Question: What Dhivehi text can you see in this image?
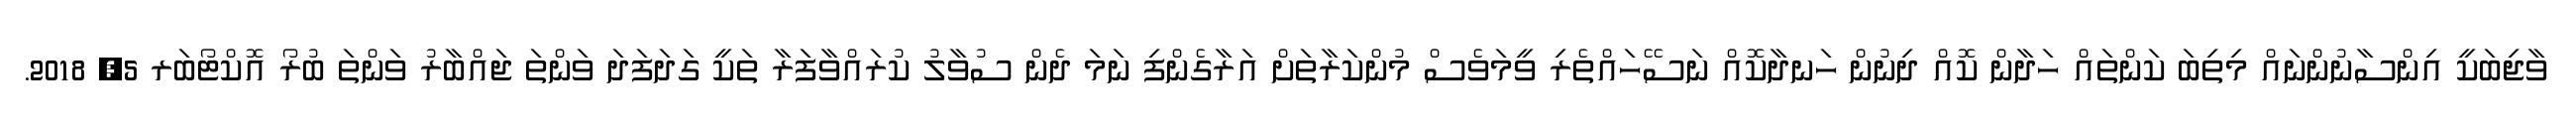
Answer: ވާޖިބަކީ އިންސާނުންނައް މިތިބަ ކަންތައް ހަދާން ކޮއް ދިނުން ހަނދާކޮއް ނަސޭހައްތެރި ވީމަވެސް މުންކަރާތަށް އަރާގެންފި ނަމަ ދެން ސުވާލު ކުރައްވާފަރާ ތަކީ ގަދަފަދަ ވަންތަ ޖައްބާރު ވަންތަ ބުރޯ އޮކްޓޯބަރ 5, 2018.